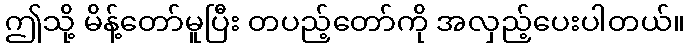
ဤသို့ မိန့်တော်မူပြီး တပည့်တော်ကို အလှည့်ပေးပါတယ်။